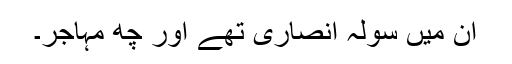
ان میں سولہ انصاری تھے اور چھ مہاجر۔